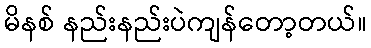
မိနစ် နည်းနည်းပဲကျန်တော့တယ်။